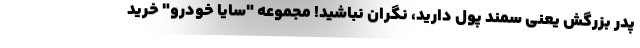
پدر بزرگش یعنی سمند پول دارید، نگران نباشید! مجموعه "سایا خودرو" خرید